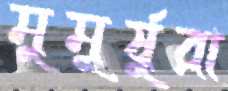
মুমূর্ষুরা